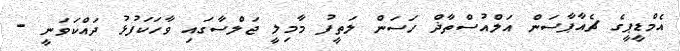
އެމްޑީޕީގެ ޗެއާޕާސަން އަލްއުސްތާޛް ހަސަން ލަތީފު މާމިލީ ޖަލްސާގައި ވާހަކަފުޅު ދައްކަވަނީ -